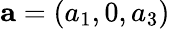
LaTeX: {\mathbf{a}}=(a_{1},0,a_{3})